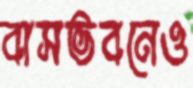
বাসভবনেও